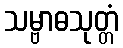
သမ္ဗာဓသုတ္တံ